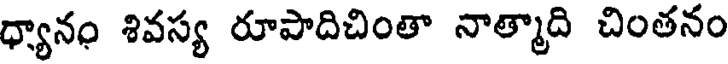
ధ్యానం శివస్య రూపాదిచింతా నాత్మాది చింతనం